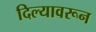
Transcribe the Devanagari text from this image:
दिल्यावरून